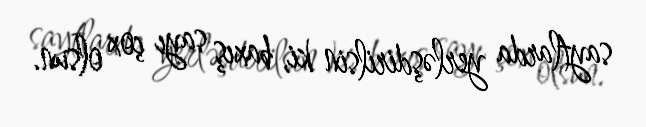
saytlarda yerləşdirilsin ki, baxış sayı çox olsun.